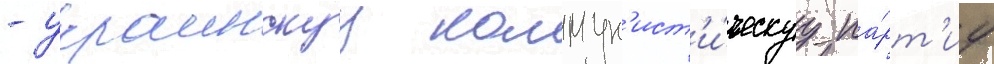
- украинскуу коммун'ист'и́ческуу па́рт'иу